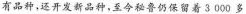
有品种，还开发新品种，至今秘鲁仍保留着3000多